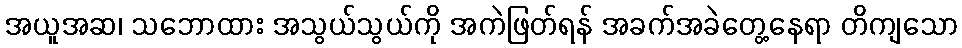
အယူအဆ၊ သဘောထား အသွယ်သွယ်ကို အကဲဖြတ်ရန် အခက်အခဲတွေ့နေရာ တိကျသော